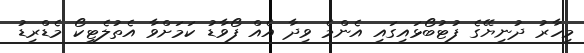
މިހާރު ދުނިޔޭގެ ފުޓުބޯޅައިގައި އެންމެ ވިދާ އެއް ފޯވާޑު ކަމަށްވާ އެތުލެޓިކޯ މެޑްރިޑު